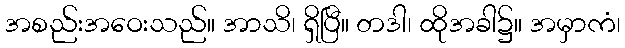
အစည်းအဝေးသည်။ အာသိ၊ ရှိပြီ။ တဒါ၊ ထိုအခါ၌။ အမှာကံ၊